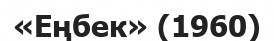
«Еңбек» (1960)